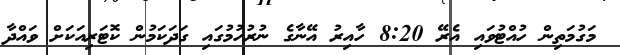
މަގުމަތިން ހުއްޓުވައި އެރޭ 8:20 ހާއިރު އޭނާގެ ނުރުހުމުގައި ގަދަކަމުން ކޮޓަރިއަކަށް ވައްދާ